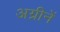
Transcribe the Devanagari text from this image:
अग्नीनें